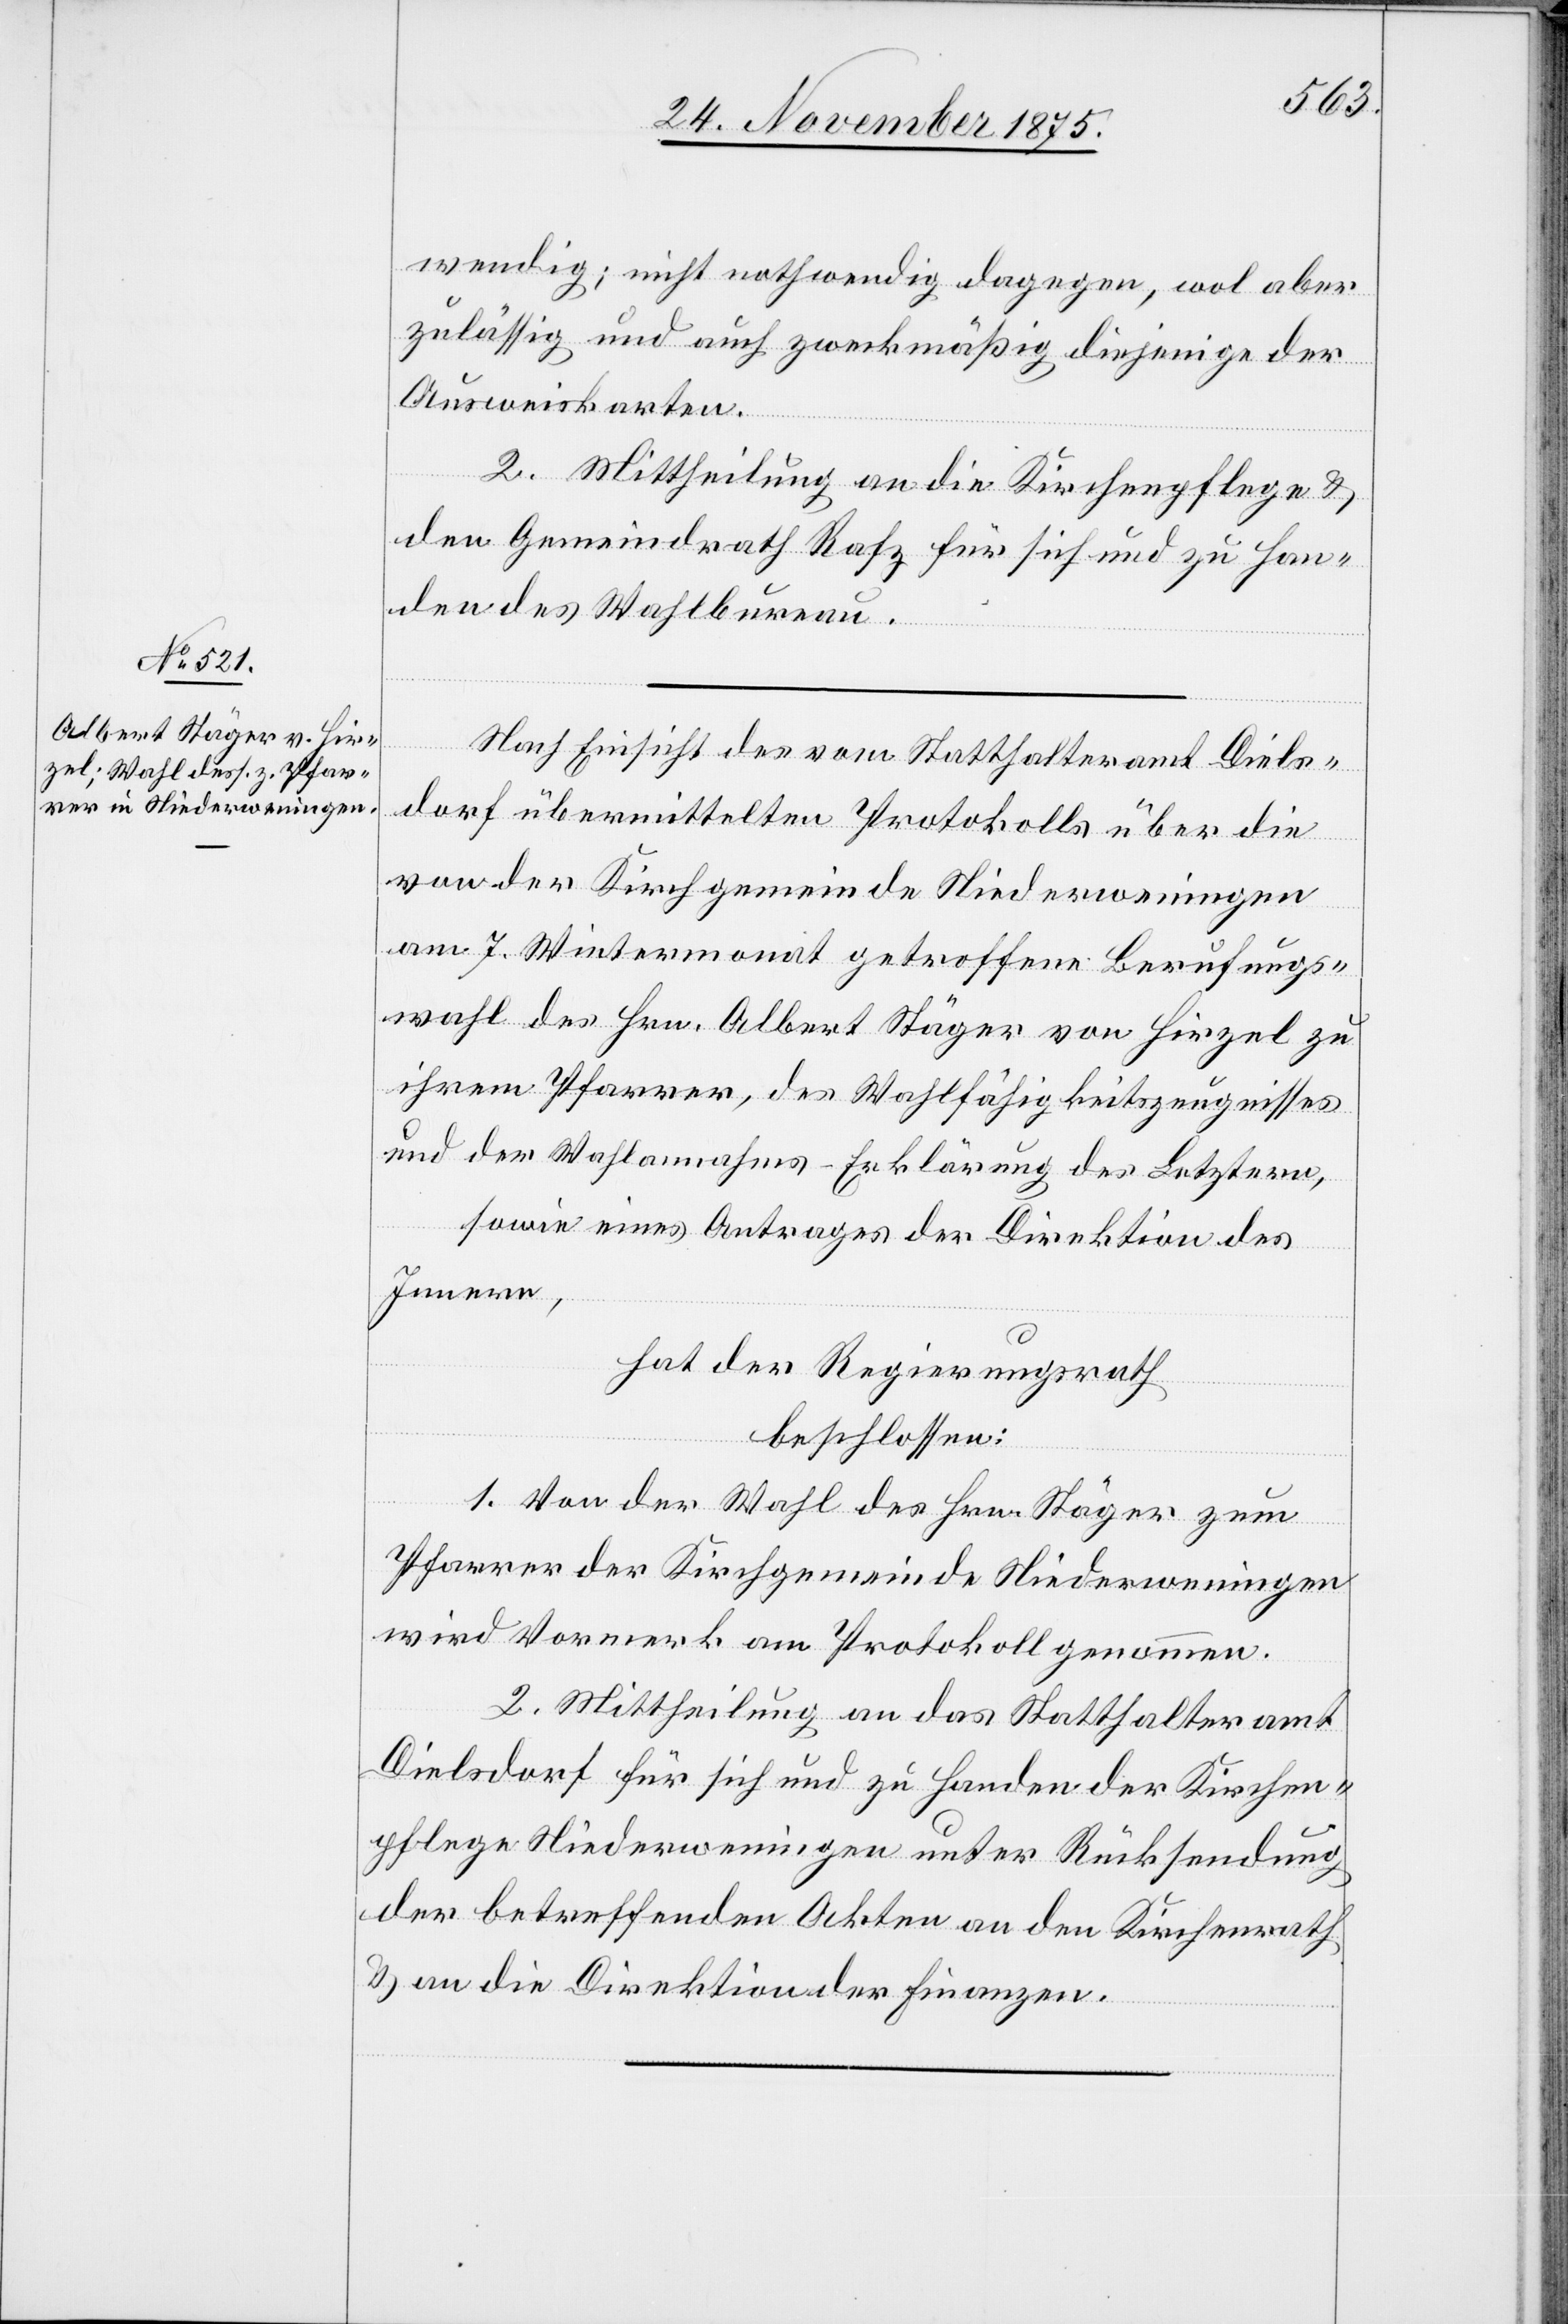
wendig; nicht nothwendig dagegen, wol aber
zulässig und auch zweckmäßig diejenige der
Ausweiskarten.
2. Mittheilung an die Kirchenpflege &
den Gemeindrath Rafz für sich und zu Han¬
den des Wahlbureau.
Nach Einsicht des vom Statthalteramt Diels¬
dorf übermittelten Protokolls über die
von der Kirchgemeinde Niederweningen
am 7.Wintermonat getroffene Berufungs¬
wahl des Hrn. Albert Stäger von Hirzel zu
ihrem Pfarrer, des Wahlfähigkeitszeugnisses
und der Wahlannahms-Erklärung des Letztern,
sowie eines Antrages der Direktion des
Innern,
hat der Regierungsrath
beschlossen:
1. Von der Wahl des Hrn. Stäger zum
Pfarrer der Kirchgemeinde Niederweningen
wird Vormerk am Protokoll genommen.
2. Mittheilung an das Statthalteramt
Dielsdorf für sich und zu Handen der Kirchen¬
pflege Niederweningen unter Rücksendung
der betreffenden Akten an den Kirchenrath
& an die Direktion der Finanzen.